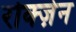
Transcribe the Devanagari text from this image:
रोक्ज़ेन